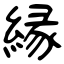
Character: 縁